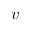
v